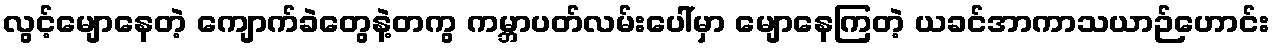
လွင့်မျောနေတဲ့ ကျောက်ခဲတွေနဲ့တကွ ကမ္ဘာပတ်လမ်းပေါ်မှာ မျောနေကြတဲ့ ယခင်အာကာသယာဉ်ဟောင်း